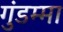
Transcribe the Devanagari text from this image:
गुंडम्मा